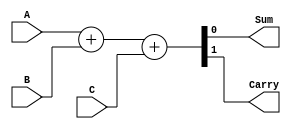
module FULLADDER(Sum, Carry, A, B, C);
  input A, B, C;
  wire a;
  output  Sum, Carry;
  reg Sum, Carry;
  
  always@(A or B or C)
  {Carry, Sum} = A + B + C;
endmodule